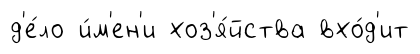
д'е́ло и́м'ен'и хоз'я́йства вхо́д'ит